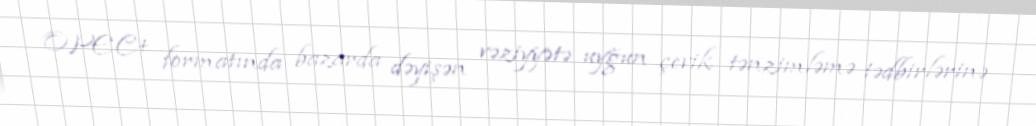
OPEC+ formatında bazarda dəyişən vəziyyətə uyğun çevik tənzimləmə tədbirlərinə